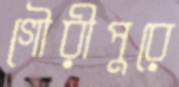
গৌরীপুরে